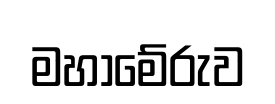
මහාමේරුව